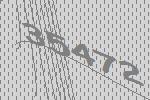
35472